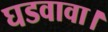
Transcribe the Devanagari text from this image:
घडवावा।